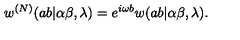
w ^ { ( N ) } ( a b | \alpha \beta , \lambda ) = e ^ { i \omega b } w ( a b | \alpha \beta , \lambda ) .